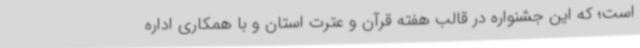
است؛ که این جشنواره در قالب هفته قرآن و عترت استان و با همکاری اداره